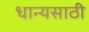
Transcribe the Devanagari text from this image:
धान्यसाठी